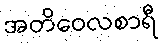
အတိဝေလစာရီ